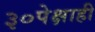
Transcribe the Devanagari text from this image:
३०पेक्षाही